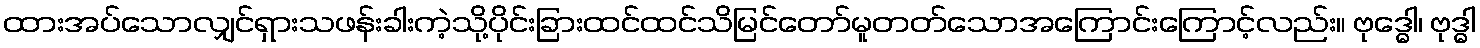
ထားအပ်သောလျှင်ရှားသဖန်းခါးကဲ့သို့ပိုင်းခြားထင်ထင်သိမြင်တော်မူတတ်သောအကြောင်းကြောင့်လည်း။ ဗုဒ္ဓေါ၊ ဗုဒ္ဓါ